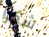
شكرا